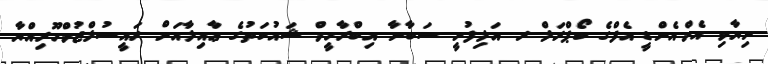
ނިޔާވި އެމް.އެން.ޑީ.އެފްގެ ކޯޕްރަލް ރ. އަލިފުށީ ސަބާނާ އިބްރާހީމް ޝައުކަތުގެ ޢާއިލާއަށް ރައީސުލްޖުމްހޫރިއްޔާ